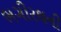
ભગીરથની